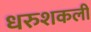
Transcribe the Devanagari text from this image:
धरुशकली